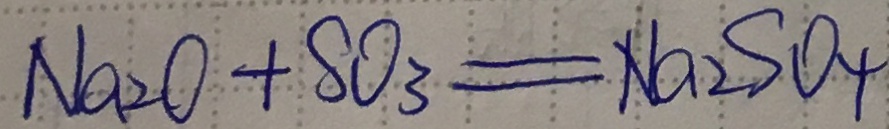
N a _ { 2 } O + S O _ { 3 } = N a _ { 2 } S O _ { 4 }